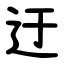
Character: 迂